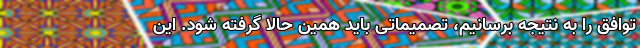
توافق را به نتیجه برسانیم، تصمیماتی باید همین حالا گرفته شود. این